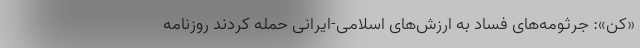
«کن»: جرثومه‌های فساد به ارزش‌های اسلامی-ایرانی حمله کردند روزنامه